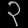
Digit: ၃